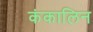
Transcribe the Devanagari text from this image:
कंकालिन